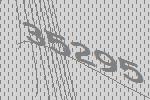
35295